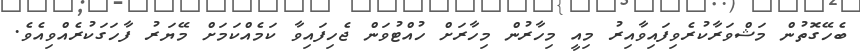
ބެހޭގޮތުން މަޝްވަރާކުރެވިފައިވާއިރު މިއީ މިހާރުން މިހާރަށް ހުއްޓުވަން ޖެހިފައިވާ ކަމެއްކަމަށް މޭޔަރު ފާހަގަކުރެއްވިއެވެ.